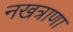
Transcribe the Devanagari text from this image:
नखत्राणा